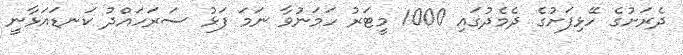
ދެރަށުގެ ހޭޅިފަށުގެ ދެމެދުގައި 1000 މީޓަރު ހަމަނުވާ ނަމަ ފަޅު ސަރަހައްދު ކަނޑައަޅާނީ